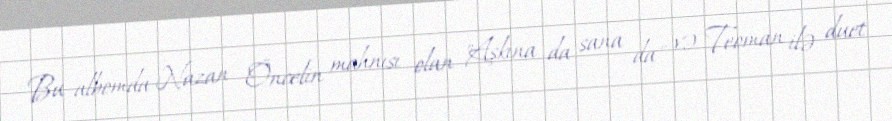
Bu albomda Nazan Öncelin mahnısı olan "Aşkına da sana da" və Teoman ilə duet